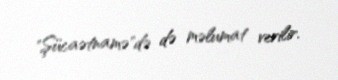
"Şücaətnamə"də də məlumat verilir.